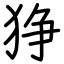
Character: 狰